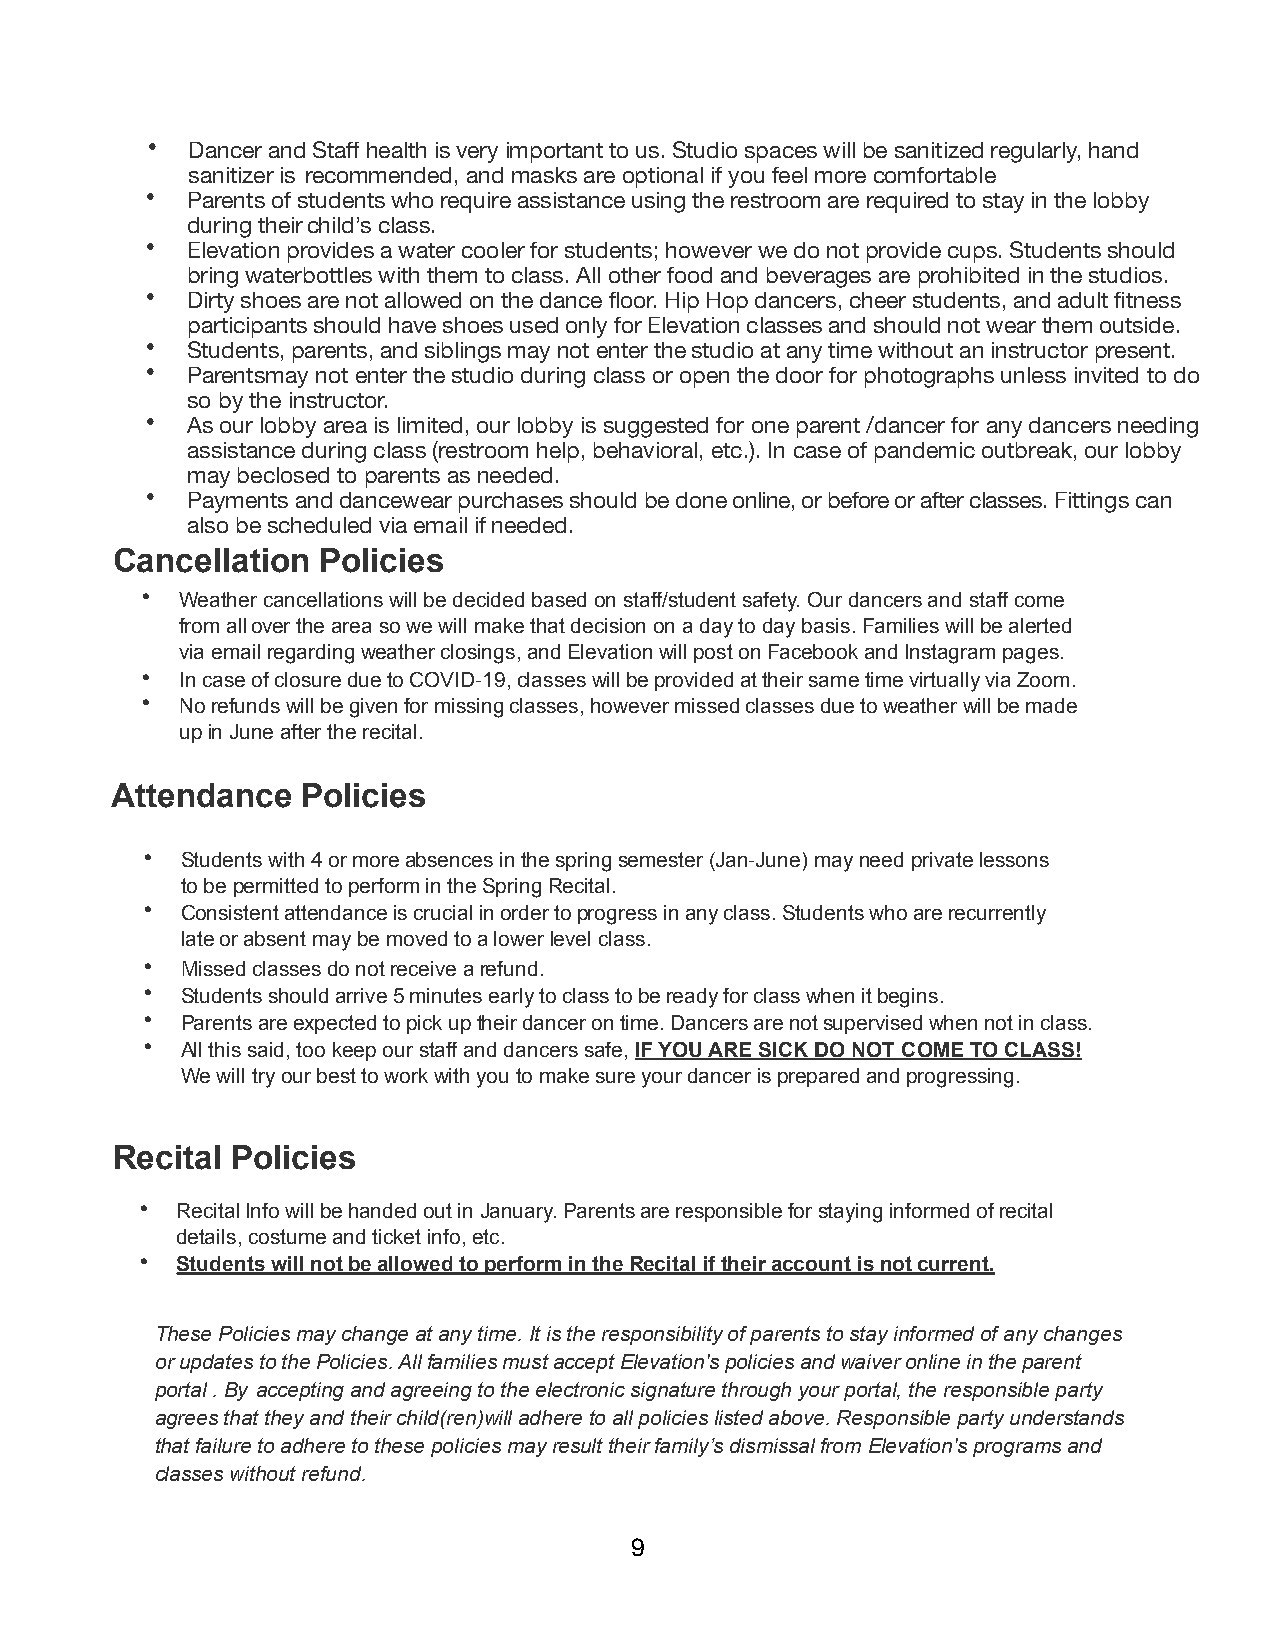
• Dancer and Staff health is very important to us. Studio spaces will be sanitized regularly, hand
 sanitizer is recommended, and masks are optional if you feel more comfortable
 • Parents of students who require assistance using the restroom are required to stay in the lobby
 during their child’s class.
 • Elevation provides a water cooler for students; however we do not provide cups. Students should
 bring water bottles with them to class. All other food and beverages are prohibited in the studios.
 • Dirty shoes are not allowed on the dance floor. Hip Hop dancers, cheer students, and adult fitness
 participants should have shoes used only for Elevation classes and should not wear them outside.
 • Students, parents, and siblings may not enter the studio at any time without an instructor present.
 • Parents may not enter the studio during class or open the door for photographs unless invited to do
 so by the instructor.
 • As our lobby area is limited, our lobby is suggested for one parent /dancer for any dancers needing
 assistance during class (restroom help, behavioral, etc.). In case of pandemic outbreak, our lobby
 may be closed to parents as needed.
 • Payments and dancewear purchases should be done online, or before or after classes. Fittings can
 also be scheduled via email if needed.
 Cancellation  Policies
 •  Weather cancellations will be decided based on staff/student safety. Our dancers and staff come
 from all over the area so we will make that decision on a day to day basis. Families will be alerted
 via email regarding weather closings, and Elevation will post on Facebook and Instagram pages.
 •  In case of closure due to COVID-19, classes will be provided at their same time virtually via Zoom.
 •  No refunds will be given for missing classes, however missed classes due to weather will be made
 up in June after the recital.
 Attendance   Policies
 •  Students with 4 or more absences in the spring semester (Jan-June) may need private lessons
 to be permitted to perform in the Spring Recital.
 •  Consistent attendance is crucial in order to progress in any class. Students who are recurrently
 late or absent may be moved to a lower level class.
 •  Missed classes do not receive a refund.
 •  Students should arrive 5 minutes early to class to be ready for class when it begins.
 •  Parents are expected to pick up their dancer on time. Dancers are not supervised when not in class.
 •  All this said, too keep our staff and dancers safe, IF YOU ARE SICK DO NOT COME TO CLASS!
 We will try our best to work with you to make sure your dancer is prepared and progressing.
 Recital Policies
 •  Recital Info will be handed out in January. Parents are responsible for staying informed of recital
 details, costume and ticket info, etc.
 •  Students will not be allowed to perform in the Recital if their account is not current.
 These Policies may change at any time. It is the responsibility of parents to stay informed of any changes
 or updates to the Policies. All families must accept Elevation's policies and waiver online in the parent
 portal . By accepting and agreeing to the electronic signature through your portal, the responsible party
 agrees that they and their child(ren) will adhere to all policies listed above. Responsible party understands
 that failure to adhere to these policies may result their family’s dismissal from Elevation's programs and
 classes without refund.
 9